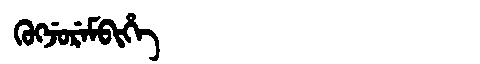
Manchu: ᡴᡠᡴᠵᡠᡵᡝᠮᠪᡳᡥᡝ
Romanization: KUKJUREMBIHE